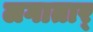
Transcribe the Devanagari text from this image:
लगातार्